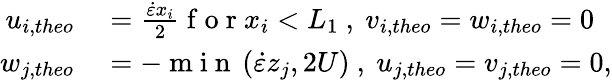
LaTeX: \begin{array}{rl}{u_{i,theo}}&{{}=\frac{\dot{\varepsilon}x_{i}}{2}\mathrm{~f~o~r~}x_{i}<L_{1}\mathrm{~,~}v_{i,theo}=w_{i,theo}=0}\\ {w_{j,theo}}&{{}=-\mathrm{~m~i~n~}\left(\dot{\varepsilon}z_{j},2U\right)\mathrm{~,~}u_{j,theo}=v_{j,theo}=0,}\end{array}